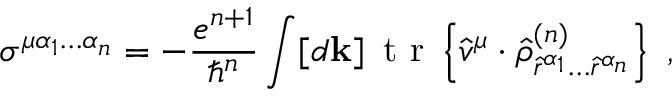
\sigma ^ { \mu \alpha _ { 1 } \hdots \alpha _ { n } } = - \frac { e ^ { n + 1 } } { \hslash ^ { n } } \int [ d \mathbf { k } ] \, \mathrm { ~ t ~ r ~ } \left\{ \hat { v } ^ { \mu } \cdot \hat { \rho } _ { \hat { r } ^ { \alpha _ { 1 } } \hdots \hat { r } ^ { \alpha _ { n } } } ^ { ( n ) } \right\} \mathrm { ~ , ~ }